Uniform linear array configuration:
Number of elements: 8
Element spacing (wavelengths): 0.5
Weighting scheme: blackman
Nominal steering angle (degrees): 30
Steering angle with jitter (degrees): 30.816
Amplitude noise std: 0.05
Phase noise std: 0.05

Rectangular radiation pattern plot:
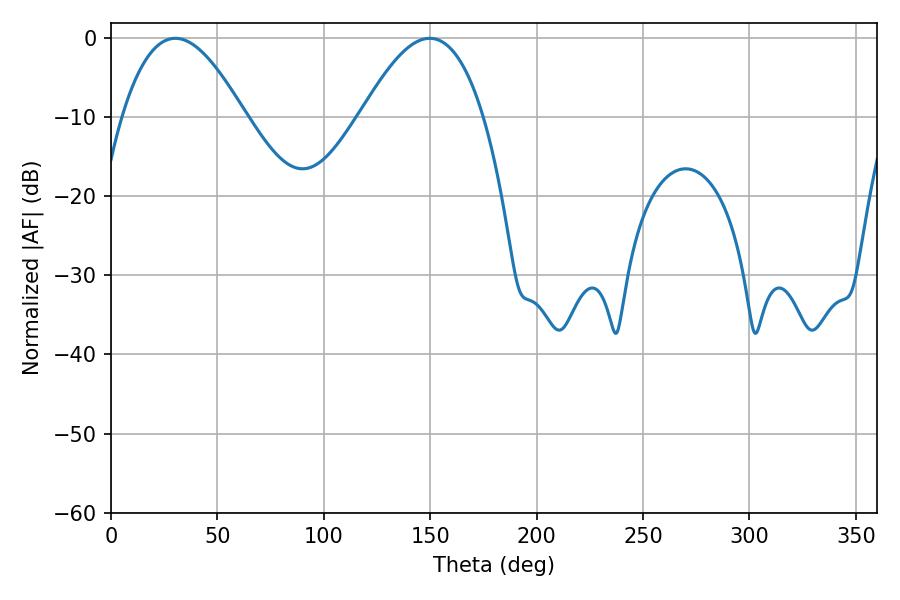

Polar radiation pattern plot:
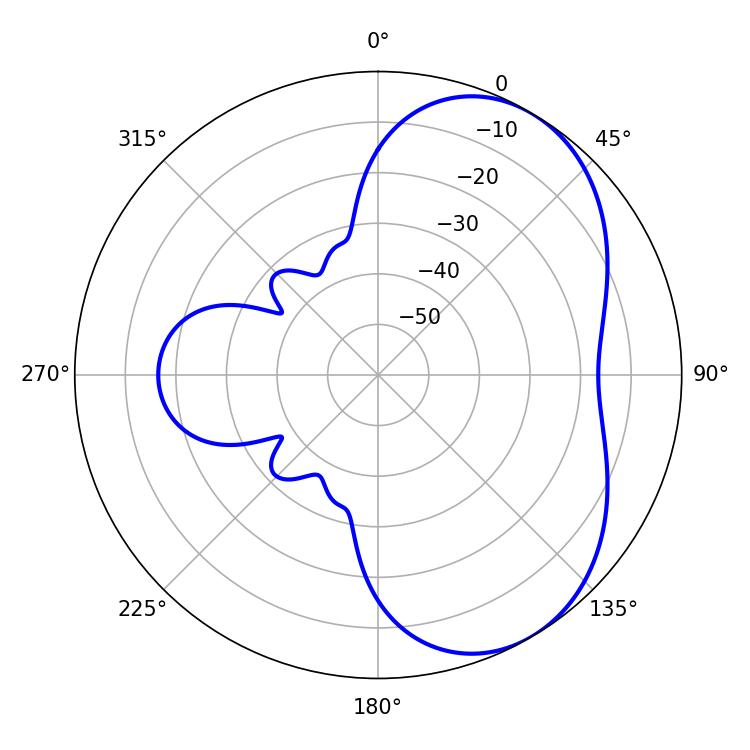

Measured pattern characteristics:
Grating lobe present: FALSE
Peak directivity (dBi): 5.016
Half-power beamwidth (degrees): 31.5
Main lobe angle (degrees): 30.24